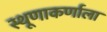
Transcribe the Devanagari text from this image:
स्थूणाकर्णाला